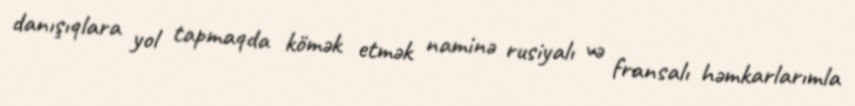
danışıqlara yol tapmaqda kömək etmək naminə rusiyalı və fransalı həmkarlarımla